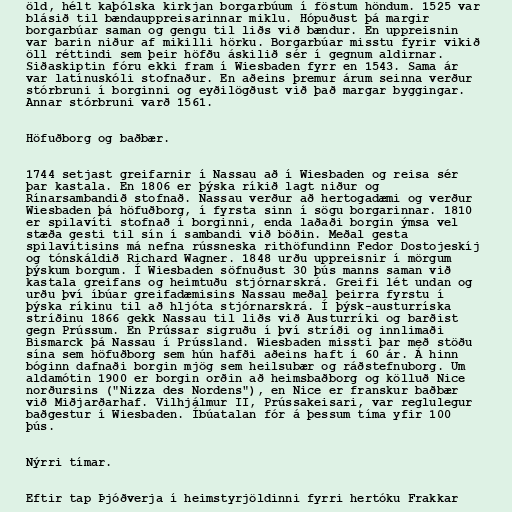
öld, hélt kaþólska kirkjan borgarbúum í föstum höndum. 1525 var
blásið til bændauppreisarinnar miklu. Hópuðust þá margir
borgarbúar saman og gengu til liðs við bændur. En uppreisnin
var barin niður af mikilli hörku. Borgarbúar misstu fyrir vikið
öll réttindi sem þeir höfðu áskilið sér í gegnum aldirnar.
Siðaskiptin fóru ekki fram í Wiesbaden fyrr en 1543. Sama ár
var latínuskóli stofnaður. En aðeins þremur árum seinna verður
stórbruni í borginni og eyðilögðust við það margar byggingar.
Annar stórbruni varð 1561.

Höfuðborg og baðbær.

1744 setjast greifarnir í Nassau að í Wiesbaden og reisa sér
þar kastala. En 1806 er þýska ríkið lagt niður og
Rínarsambandið stofnað. Nassau verður að hertogadæmi og verður
Wiesbaden þá höfuðborg, í fyrsta sinn í sögu borgarinnar. 1810
er spilavíti stofnað í borginni, enda laðaði borgin ýmsa vel
stæða gesti til sín í sambandi við böðin. Meðal gesta
spilavítisins má nefna rússneska rithöfundinn Fedor Dostojeskíj
og tónskáldið Richard Wagner. 1848 urðu uppreisnir í mörgum
þýskum borgum. Í Wiesbaden söfnuðust 30 þús manns saman við
kastala greifans og heimtuðu stjórnarskrá. Greifi lét undan og
urðu því íbúar greifadæmisins Nassau meðal þeirra fyrstu í
þýska ríkinu til að hljóta stjórnarskrá. Í þýsk-austurríska
stríðinu 1866 gekk Nassau til liðs við Austurríki og barðist
gegn Prússum. En Prússar sigruðu í því stríði og innlimaði
Bismarck þá Nassau í Prússland. Wiesbaden missti þar með stöðu
sína sem höfuðborg sem hún hafði aðeins haft í 60 ár. Á hinn
bóginn dafnaði borgin mjög sem heilsubær og ráðstefnuborg. Um
aldamótin 1900 er borgin orðin að heimsbaðborg og kölluð Nice
norðursins ("Nizza des Nordens"), en Nice er franskur baðbær
við Miðjarðarhaf. Vilhjálmur II, Prússakeisari, var reglulegur
baðgestur í Wiesbaden. Íbúatalan fór á þessum tíma yfir 100
þús.

Nýrri tímar.

Eftir tap Þjóðverja í heimstyrjöldinni fyrri hertóku Frakkar